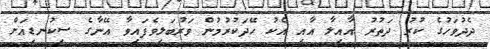
ދެދުވަހުގެ ކުރު ދަތުރު އާއިލާ އާއި އެކު ހޭދަކުރުމުން ވަރުބަލިވެފައިވާ އޭނާގެ ސިކުނޑިއަށް